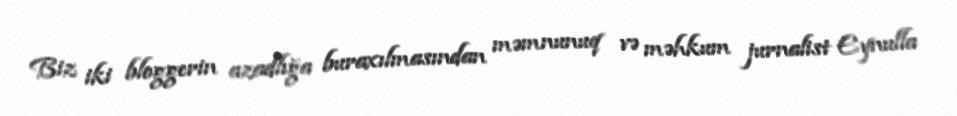
Biz iki bloggerin azadlığa buraxılmasından məmnunuq və məhkum jurnalist Eynulla